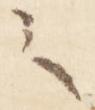
之